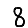
Digit: 8